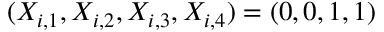
( X _ { i , 1 } , X _ { i , 2 } , X _ { i , 3 } , X _ { i , 4 } ) = ( 0 , 0 , 1 , 1 )